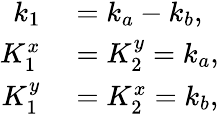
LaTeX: \begin{array}{rl}{k_{1}}&{{}=k_{a}-k_{b},}\\ {K_{1}^{x}}&{{}=K_{2}^{y}=k_{a},}\\ {K_{1}^{y}}&{{}=K_{2}^{x}=k_{b},}\end{array}